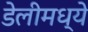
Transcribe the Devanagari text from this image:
डेलीमध्ये